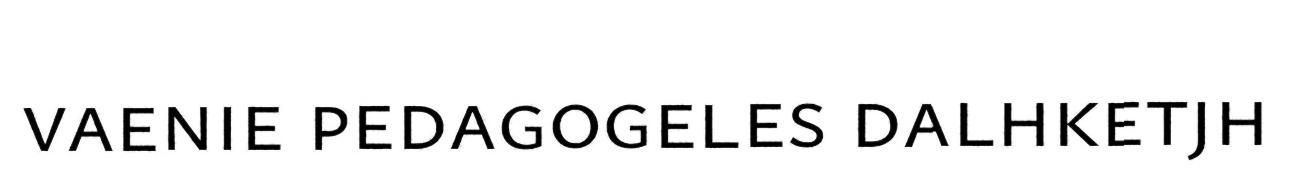
vaenie pedagogeles dalhketjh